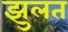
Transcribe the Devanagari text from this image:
झुलत